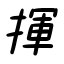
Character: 揮